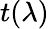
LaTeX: t(\lambda)